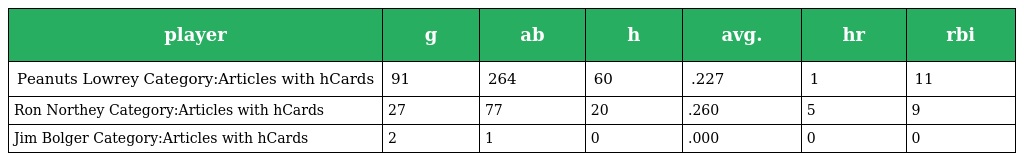
| player | g | ab | h | avg. | hr | rbi |
 | --- | --- | --- | --- | --- | --- | --- |
 | Peanuts Lowrey Category:Articles with hCards | 91 | 264 | 60 | .227 | 1 | 11 |
 | Ron Northey Category:Articles with hCards | 27 | 77 | 20 | .260 | 5 | 9 |
 | Jim Bolger Category:Articles with hCards | 2 | 1 | 0 | .000 | 0 | 0 |